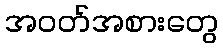
အဝတ်အစားတွေ